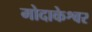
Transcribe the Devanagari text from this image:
मोदाकेश्वर